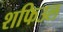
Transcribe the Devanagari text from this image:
शफिउल